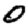
Digit: 0